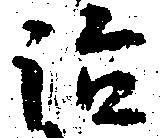
治